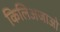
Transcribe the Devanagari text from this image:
किलिअजाओ